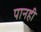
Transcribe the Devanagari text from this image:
पानही